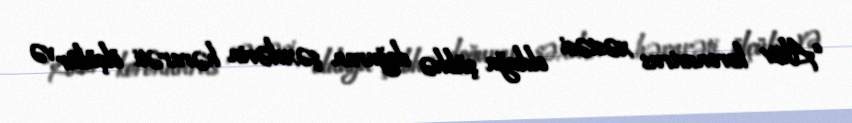
“Aktiv koronavirus xəstəsi olduğu şübhə doğuran şəxslərin hərarəti ölçülür və